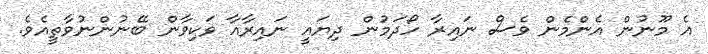
އެ މޫނުން އެންމެން ވެސް ނައިރާ ހޯދަމުން ދިޔައީ ނައިރާއާ ވަކިވާން ބޭނުންނުވާތީއެވެ.